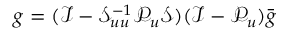
g = ( \mathcal { I } - \mathcal { S } _ { u u } ^ { - 1 } \mathcal { P } _ { u } \mathcal { S } ) ( \mathcal { I } - \mathcal { P } _ { u } ) \bar { g }